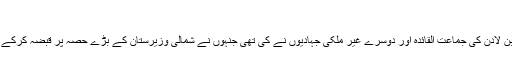
“
یہ درست ہے کہ ہماری آزادی و خودمختاری کو ختم کرنے کی پہل اسامہ بن لادن کی جماعت القائدہ اور دوسرے غیر ملکی جہادیوں نے کی تھی جنہوں نے شمالی وزیرستان کے بڑے حصہ پر قبضہ کرکے وہان پاکستان کی حاکمیت اور قانون کی عملداری ختم کرکے رکھ دی ہے ۔